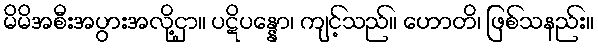
မိမိအစီးအပွားအလို့ငှာ။ ပဋိပန္နော၊ ကျင့်သည်။ ဟောတိ၊ ဖြစ်သနည်း။